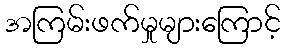
အကြမ်းဖက်မှုများကြောင့်